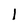
Character: l